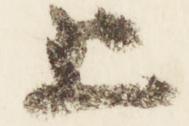
上